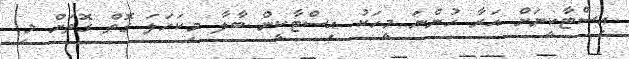
އިސްޓާކީނަށް އަރާ ހުންނަ މީހަކު އިސްޓާކީން ބާލާ މިކަހަލަ ގޮތް ގޮތަށް މި